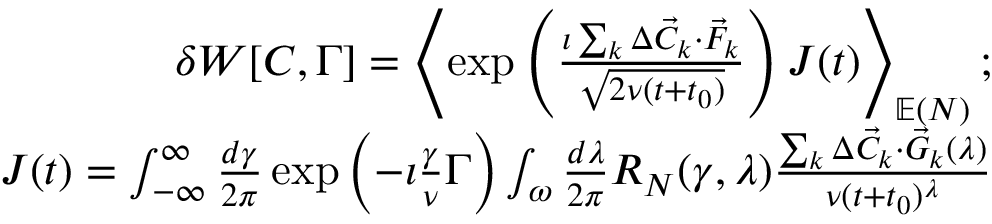
\begin{array} { r l r } & { } & { \delta W [ C , \Gamma ] = \left\langle \exp \left( \frac { \imath \sum _ { k } \Delta \vec { C } _ { k } \cdot \vec { F } _ { k } } { \sqrt { 2 \nu ( t + t _ { 0 } ) } } \right) J ( t ) \right\rangle _ { \mathbb { E } ( N ) } ; } \\ & { } & { J ( t ) = \int _ { - \infty } ^ { \infty } \frac { d \gamma } { 2 \pi } \exp \left( - \imath \frac { \gamma } { \nu } \Gamma \right) \int _ { \omega } \frac { d \lambda } { 2 \pi } R _ { N } ( \gamma , \lambda ) \frac { \sum _ { k } \Delta \vec { C } _ { k } \cdot \vec { G } _ { k } ( \lambda ) } { \nu ( t + t _ { 0 } ) ^ { \lambda } } } \end{array}